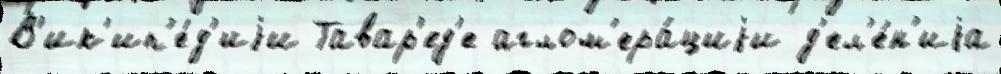
В'ик'ип'е́д'иjи Тавар'ед'е аглом'ера́циjи д'ел'е́н'иjа